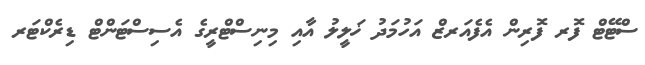
ސްޓޭޓް ފޮރ ފޮރިން އެފެއަރޒް އަހުމަދު ޚަލީލު އާއި މިނިސްޓްރީގެ އެސިސްޓަންޓް ޑިރެކްޓަރ